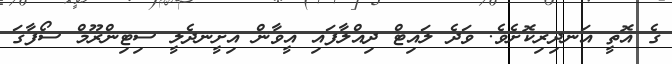
ގެ އޮތީ އަނދިރިކޮށެވެ. ވަދެ ލައިޓް ދިއްލާފައި އީވާން އިށީނދެލީ ސިޓިންރޫމް ސޯފާގަ